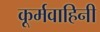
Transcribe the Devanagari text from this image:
कूर्मवाहिनी